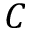
C